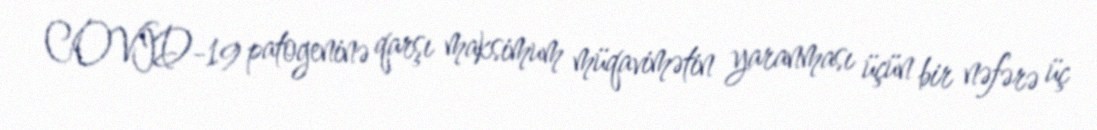
COVID-19 patogeninə qarşı maksimum müqavimətin yaranması üçün bir nəfərə üç